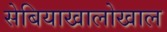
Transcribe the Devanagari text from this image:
सेबियाखालोखाल